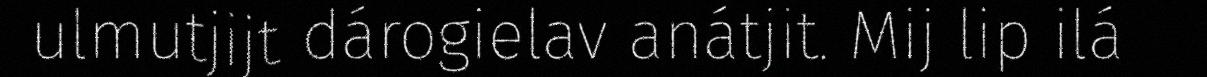
ulmutjijt dárogielav anátjit. Mij lip ilá